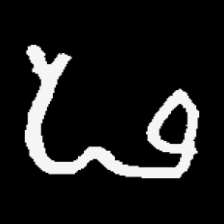
Pyu character \u2014 Myanmar letter: ဖ (romanized: pha)